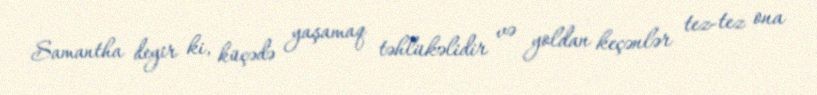
Samantha deyir ki, küçədə yaşamaq təhlükəlidir və yoldan keçənlər tez-tez ona